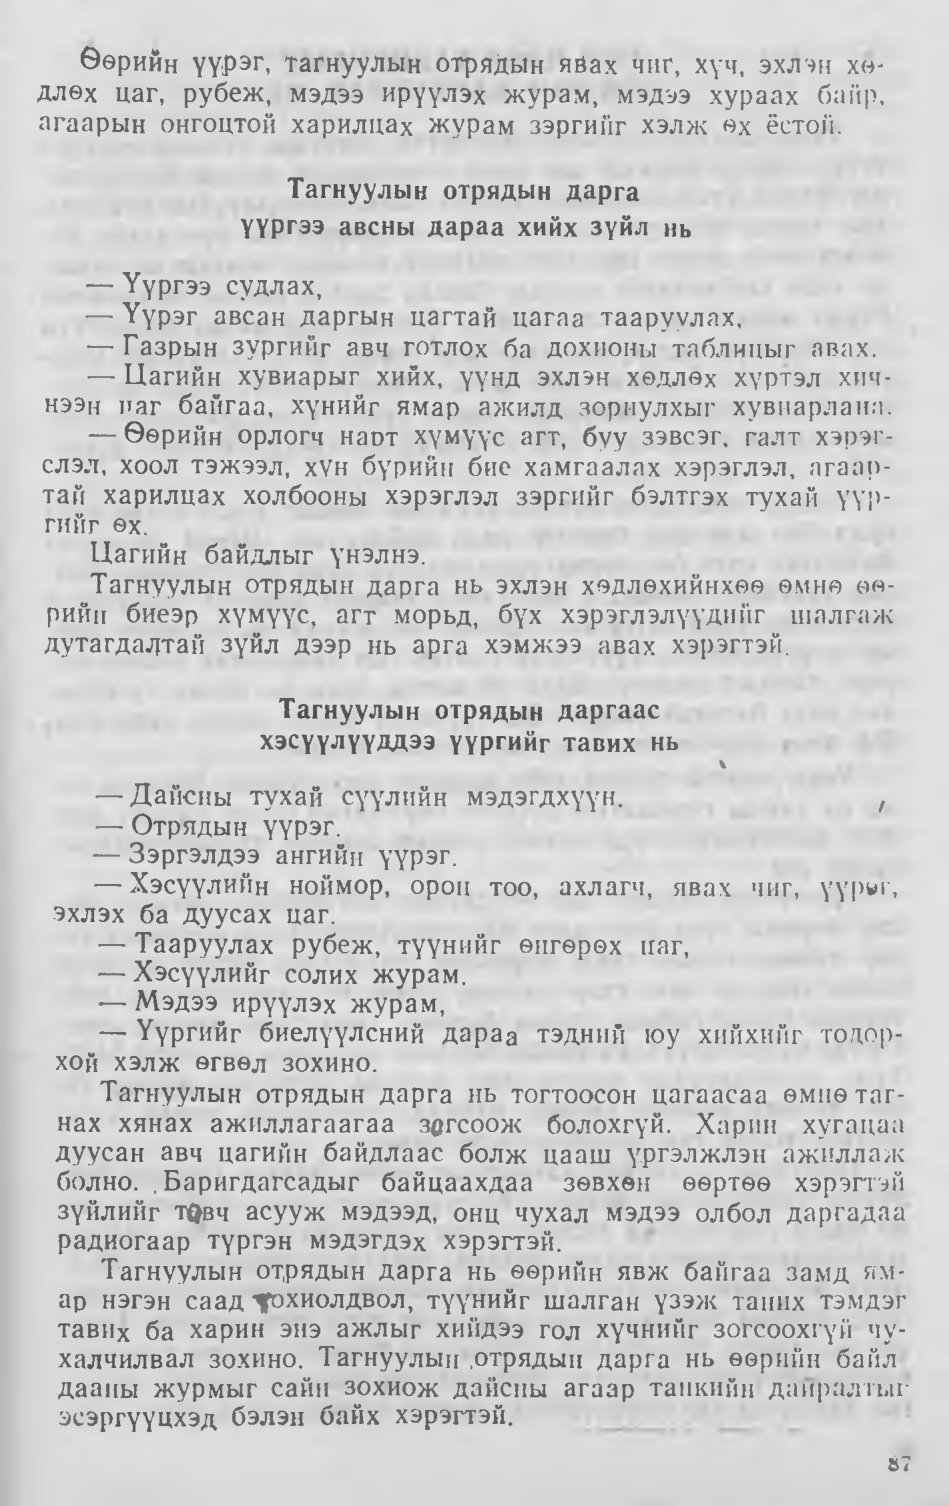
Language: mn